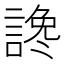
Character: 𲁰